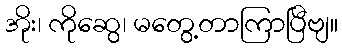
အိုး၊ ကိုဆွေ၊ မတွေ့တာကြာပြီဗျ။